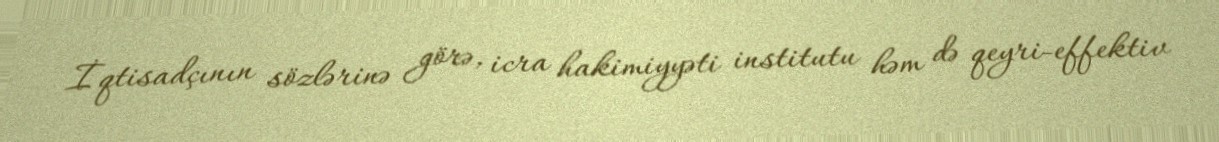
İqtisadçının sözlərinə görə, icra hakimiyyəti institutu həm də qeyri-effektiv